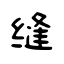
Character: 缝